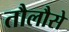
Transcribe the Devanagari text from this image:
तौलौसे